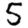
Digit: 5